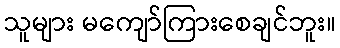
သူများ မကျော်ကြားစေချင်ဘူး။